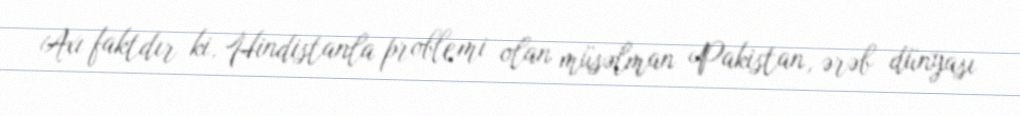
Axı faktdır ki, Hindistanla problemi olan müsəlman Pakistan, ərəb dünyası